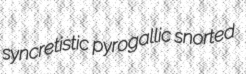
syncretistic pyrogallic snorted